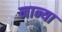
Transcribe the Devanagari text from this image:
नान्या